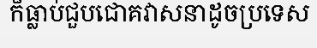
ក៏ធ្លាប់ជួបជោគវាសនាដូចប្រទេស